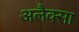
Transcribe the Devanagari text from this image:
अलैक्सा